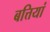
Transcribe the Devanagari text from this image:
बत्तियां